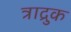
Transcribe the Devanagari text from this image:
त्राद्रुक